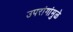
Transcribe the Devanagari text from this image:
उपरांगांमुळे